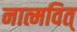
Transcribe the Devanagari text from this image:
नात्मवित्‌